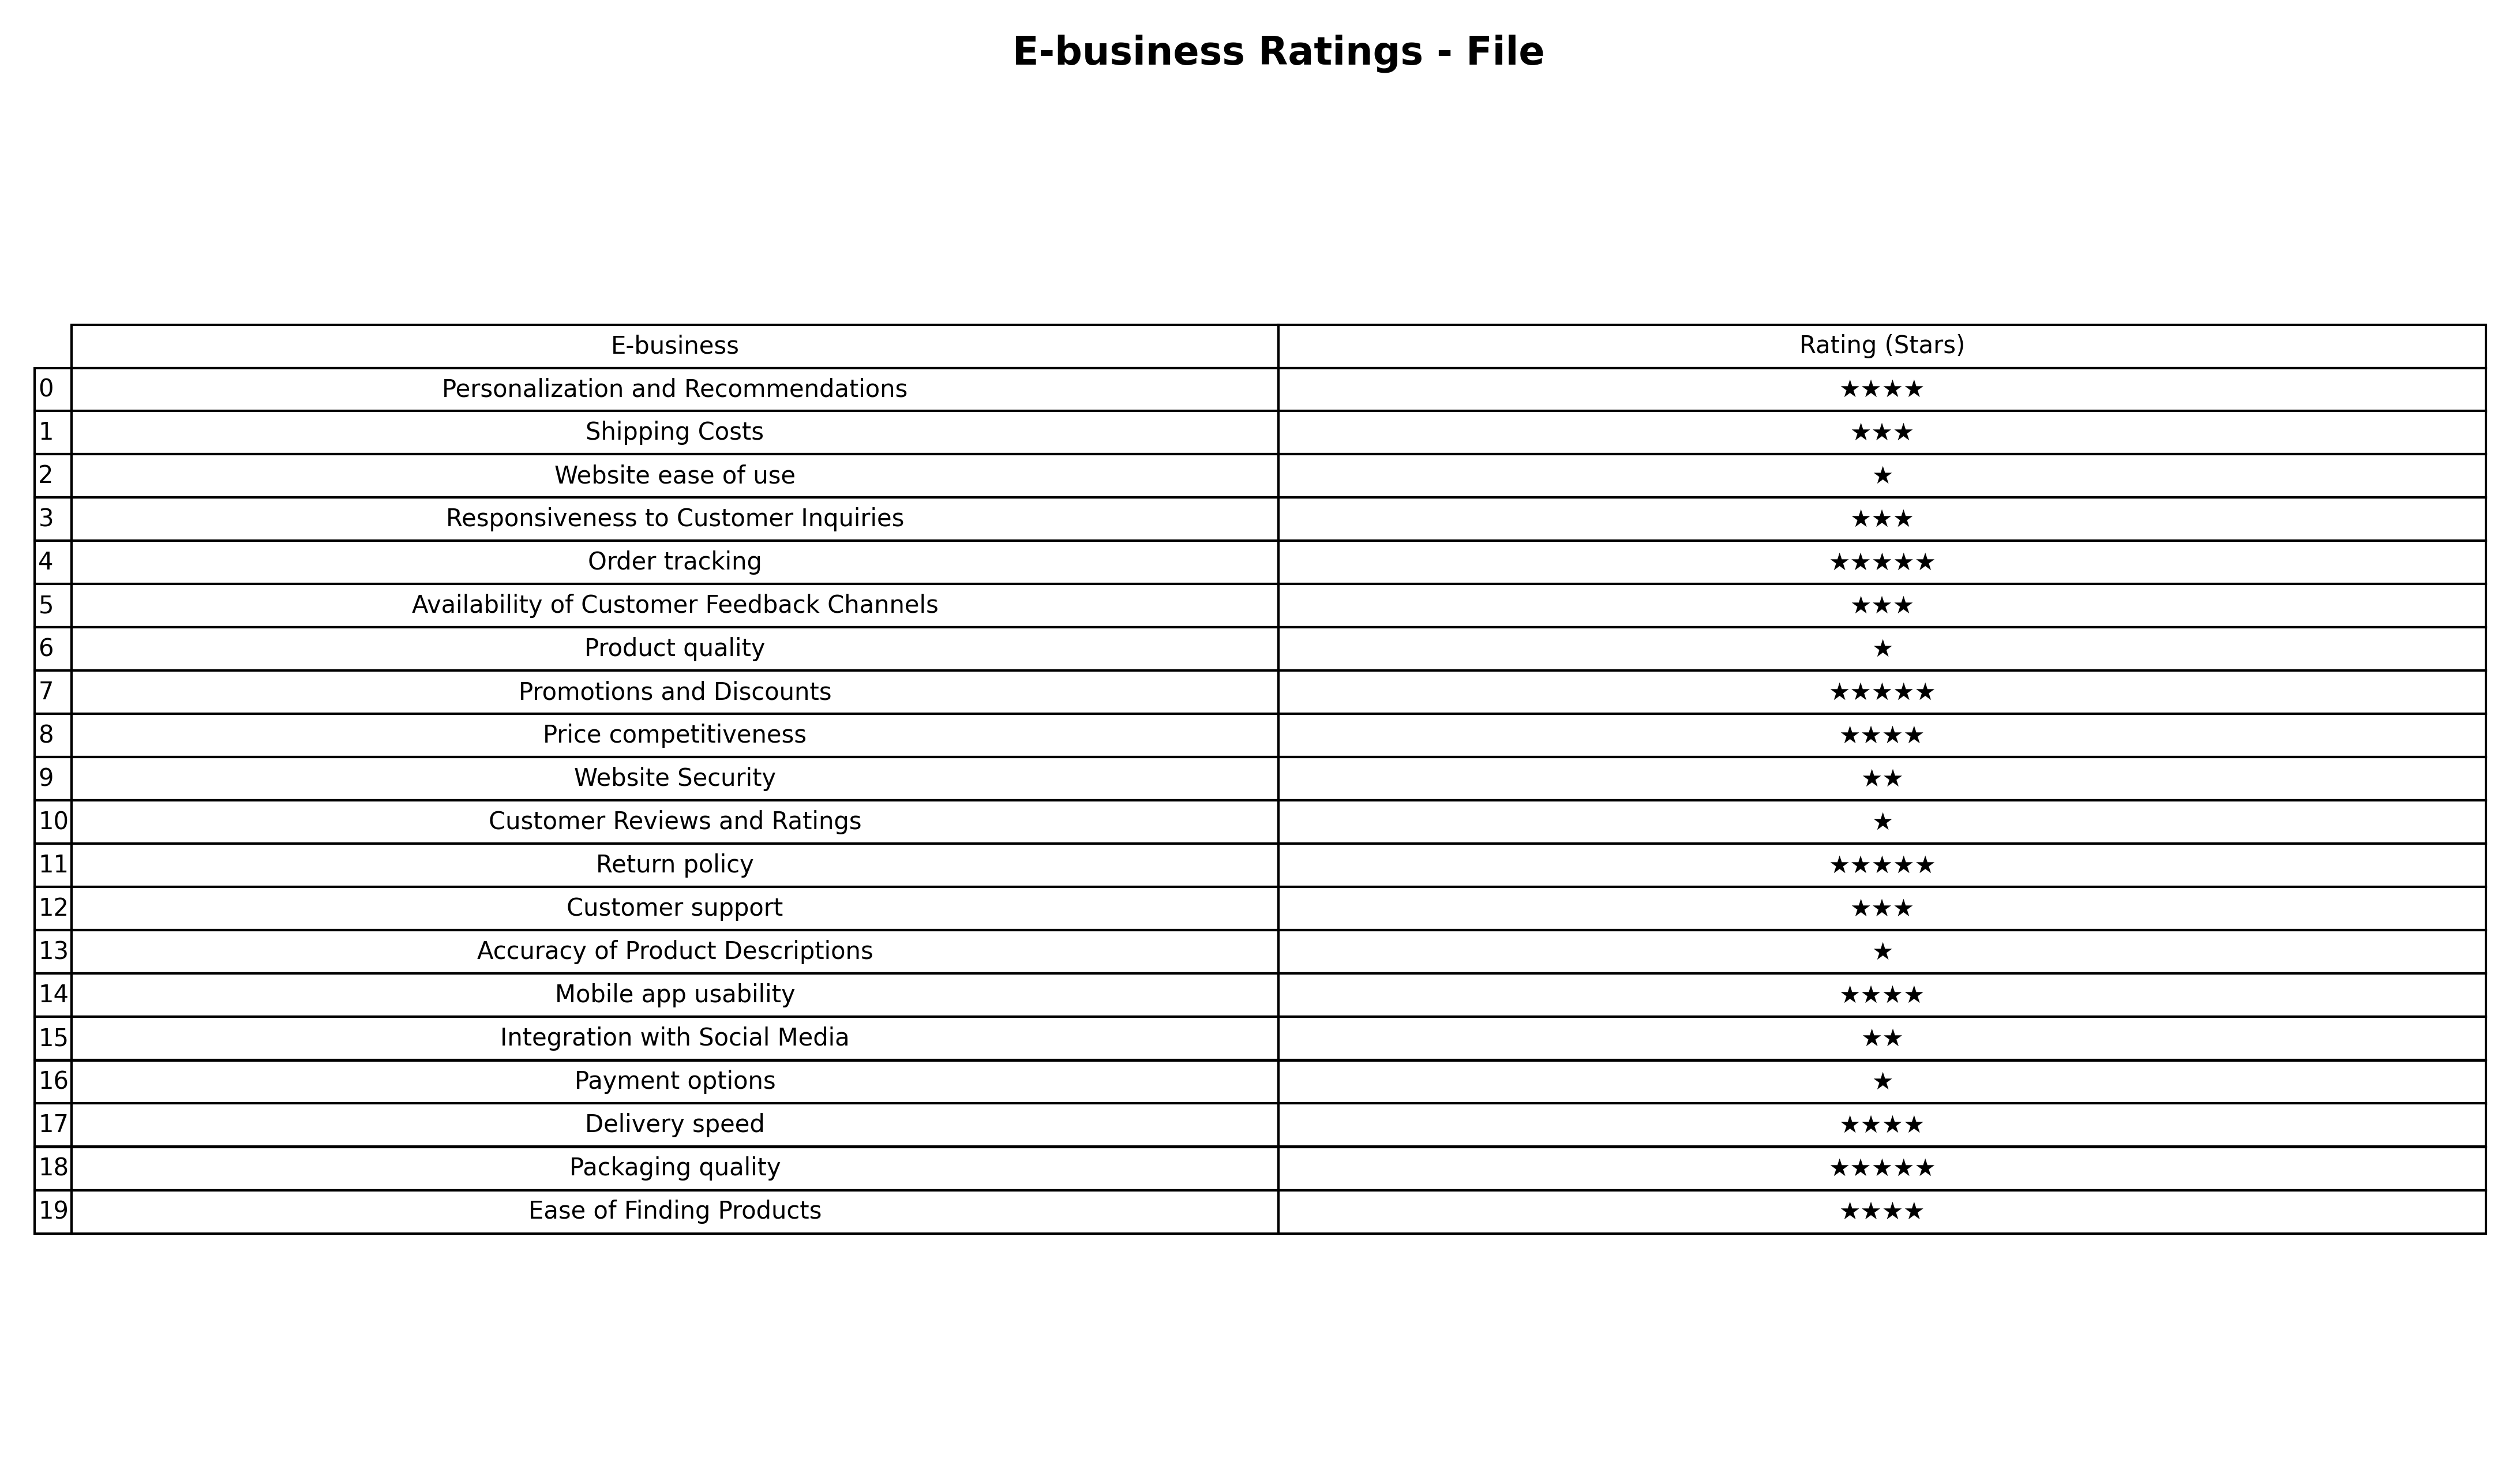
question: Which services are rated average?
answer: Shipping CostsResponsiveness to Customer InquiriesAvailability of Customer Feedback ChannelsCustomer support